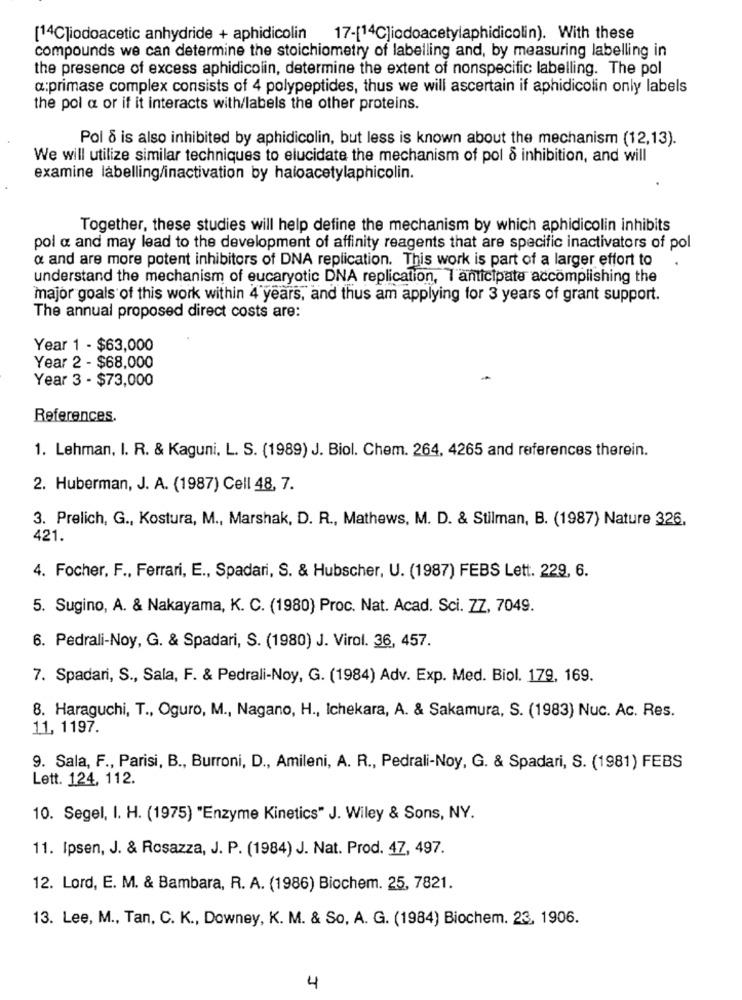
[14Cliodoacetic anhydride + aphidicolin
17-[14C]iodoacetylaphidicolin). With these
compounds we can determine the stoichiometry of labelling and, by measuring labelling in
the presence of excess aphidicolin, determine the extent of nonspecific labelling. The pol
a:primase complex consists of 4 polypeptides, thus we will ascertain if aphidicolin only labels
the pol a or if it interacts with/labels the other proteins.
Pol & is also inhibited by aphidicolin, but less is known about the mechanism (12,13).
We will utilize similar techniques to elucidate the mechanism of pol o inhibition, and will
examine labelling/inactivation by haloacetylaphicolin.
Together, these studies will help define the mechanism by which aphidicolin inhibits
pol a and may lead to the development of affinity reagents that are specific inactivators of pol
a and are more potent inhibitors of DNA replication. This work is part of a larger effort to
understand the mechanism of eucaryotic DNA replication, I anticipate accomplishing the
major goals of this work within 4 years, and thus am applying for 3 years of grant support.
The annual proposed direct costs are:
Year 1 - $63,000
Year 2 - $68,000
Year 3 - $73,000
References.
1. Lehman, I. R. & Kaguni, L. S. (1989) J. Biol. Chem. 264, 4265 and references therein.
2. Huberman, J. A. (1987) Cell 48, 7.
3. Prelich, G ., Kostura, M ., Marshak, D. R ., Mathews, M. D. & Stilman, B. (1987) Nature 326.
421.
4. Focher, F ., Ferrari, E ., Spadari, S. & Hubscher, U. (1987) FEBS Lett. 229, 6.
5. Sugino, A. & Nakayama, K. C. (1980) Proc. Nat. Acad. Sci. 77, 7049.
6. Pedrali-Noy, G. & Spadari, S. (1980) J. Virol. 36, 457.
7. Spadari, S ., Sala, F. & Pedrali-Noy, G. (1984) Adv. Exp. Med. Biol. 179, 169.
8. Haraguchi, T ., Oguro, M ., Nagano, H ., Ichekara, A. & Sakamura, S. (1983) Nuc. Ac. Res.
11, 1197.
9. Sala, F ., Parisi, B ., Burroni, D ., Amileni, A. R ., Pedrali-Noy, G. & Spadari, S. (1981) FEBS
Lett. 124, 112.
10. Segel, I. H. (1975) "Enzyme Kinetics" J. Wiley & Sons, NY.
11. Ipsen, J. & Rosazza, J. P. (1984) J. Nat. Prod. 47, 497.
12. Lord, E. M. & Bambara, R. A. (1986) Biochem. 25, 7821.
13. Lee, M ., Tan, C. K ., Downey, K. M. & So, A. G. (1984) Biochem. 23, 1906.
4